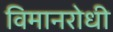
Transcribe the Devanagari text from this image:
विमानरोधी